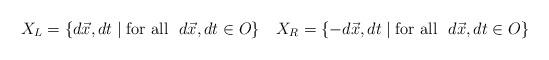
LaTeX: \begin{align*}X_{L}=\{d\vec{x}, dt\; |\; \mbox{for all}~~ d\vec{x},dt\in O\}~~~X_{R}=\{-d\vec{x},dt\;|\; \mbox{for all}~~ d\vec{x},dt\in O\}\end{align*}